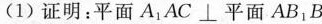
(1)证明：平面$$ A _ { 1 } A C ⊥ 平 面 A B _ { 1 } B$$；